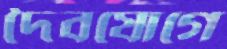
দৈবযোগে